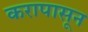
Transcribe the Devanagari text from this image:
करापासून